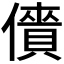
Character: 𠏱